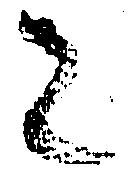
者